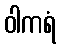
ဝါကရံ